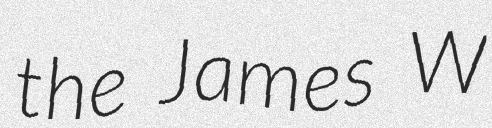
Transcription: the James W